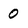
Character: 0